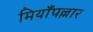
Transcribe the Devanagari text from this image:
मियाँपल्लार